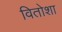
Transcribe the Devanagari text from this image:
वितोशा